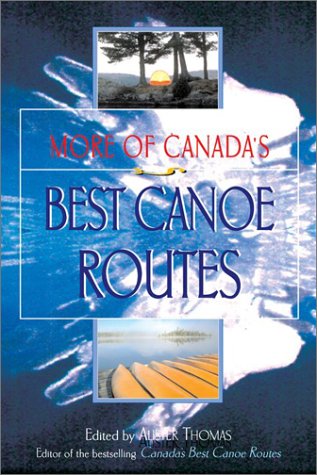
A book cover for More of Canada's Best Canoe Routes; Travel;